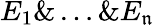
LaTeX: E_{1}\& \ldots\& E_{\mathfrak{n}}